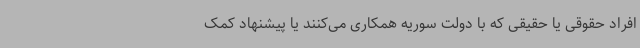
افراد حقوقی یا حقیقی که با دولت سوریه همکاری می‌کنند یا پیشنهاد کمک